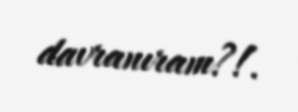
davranıram?!.